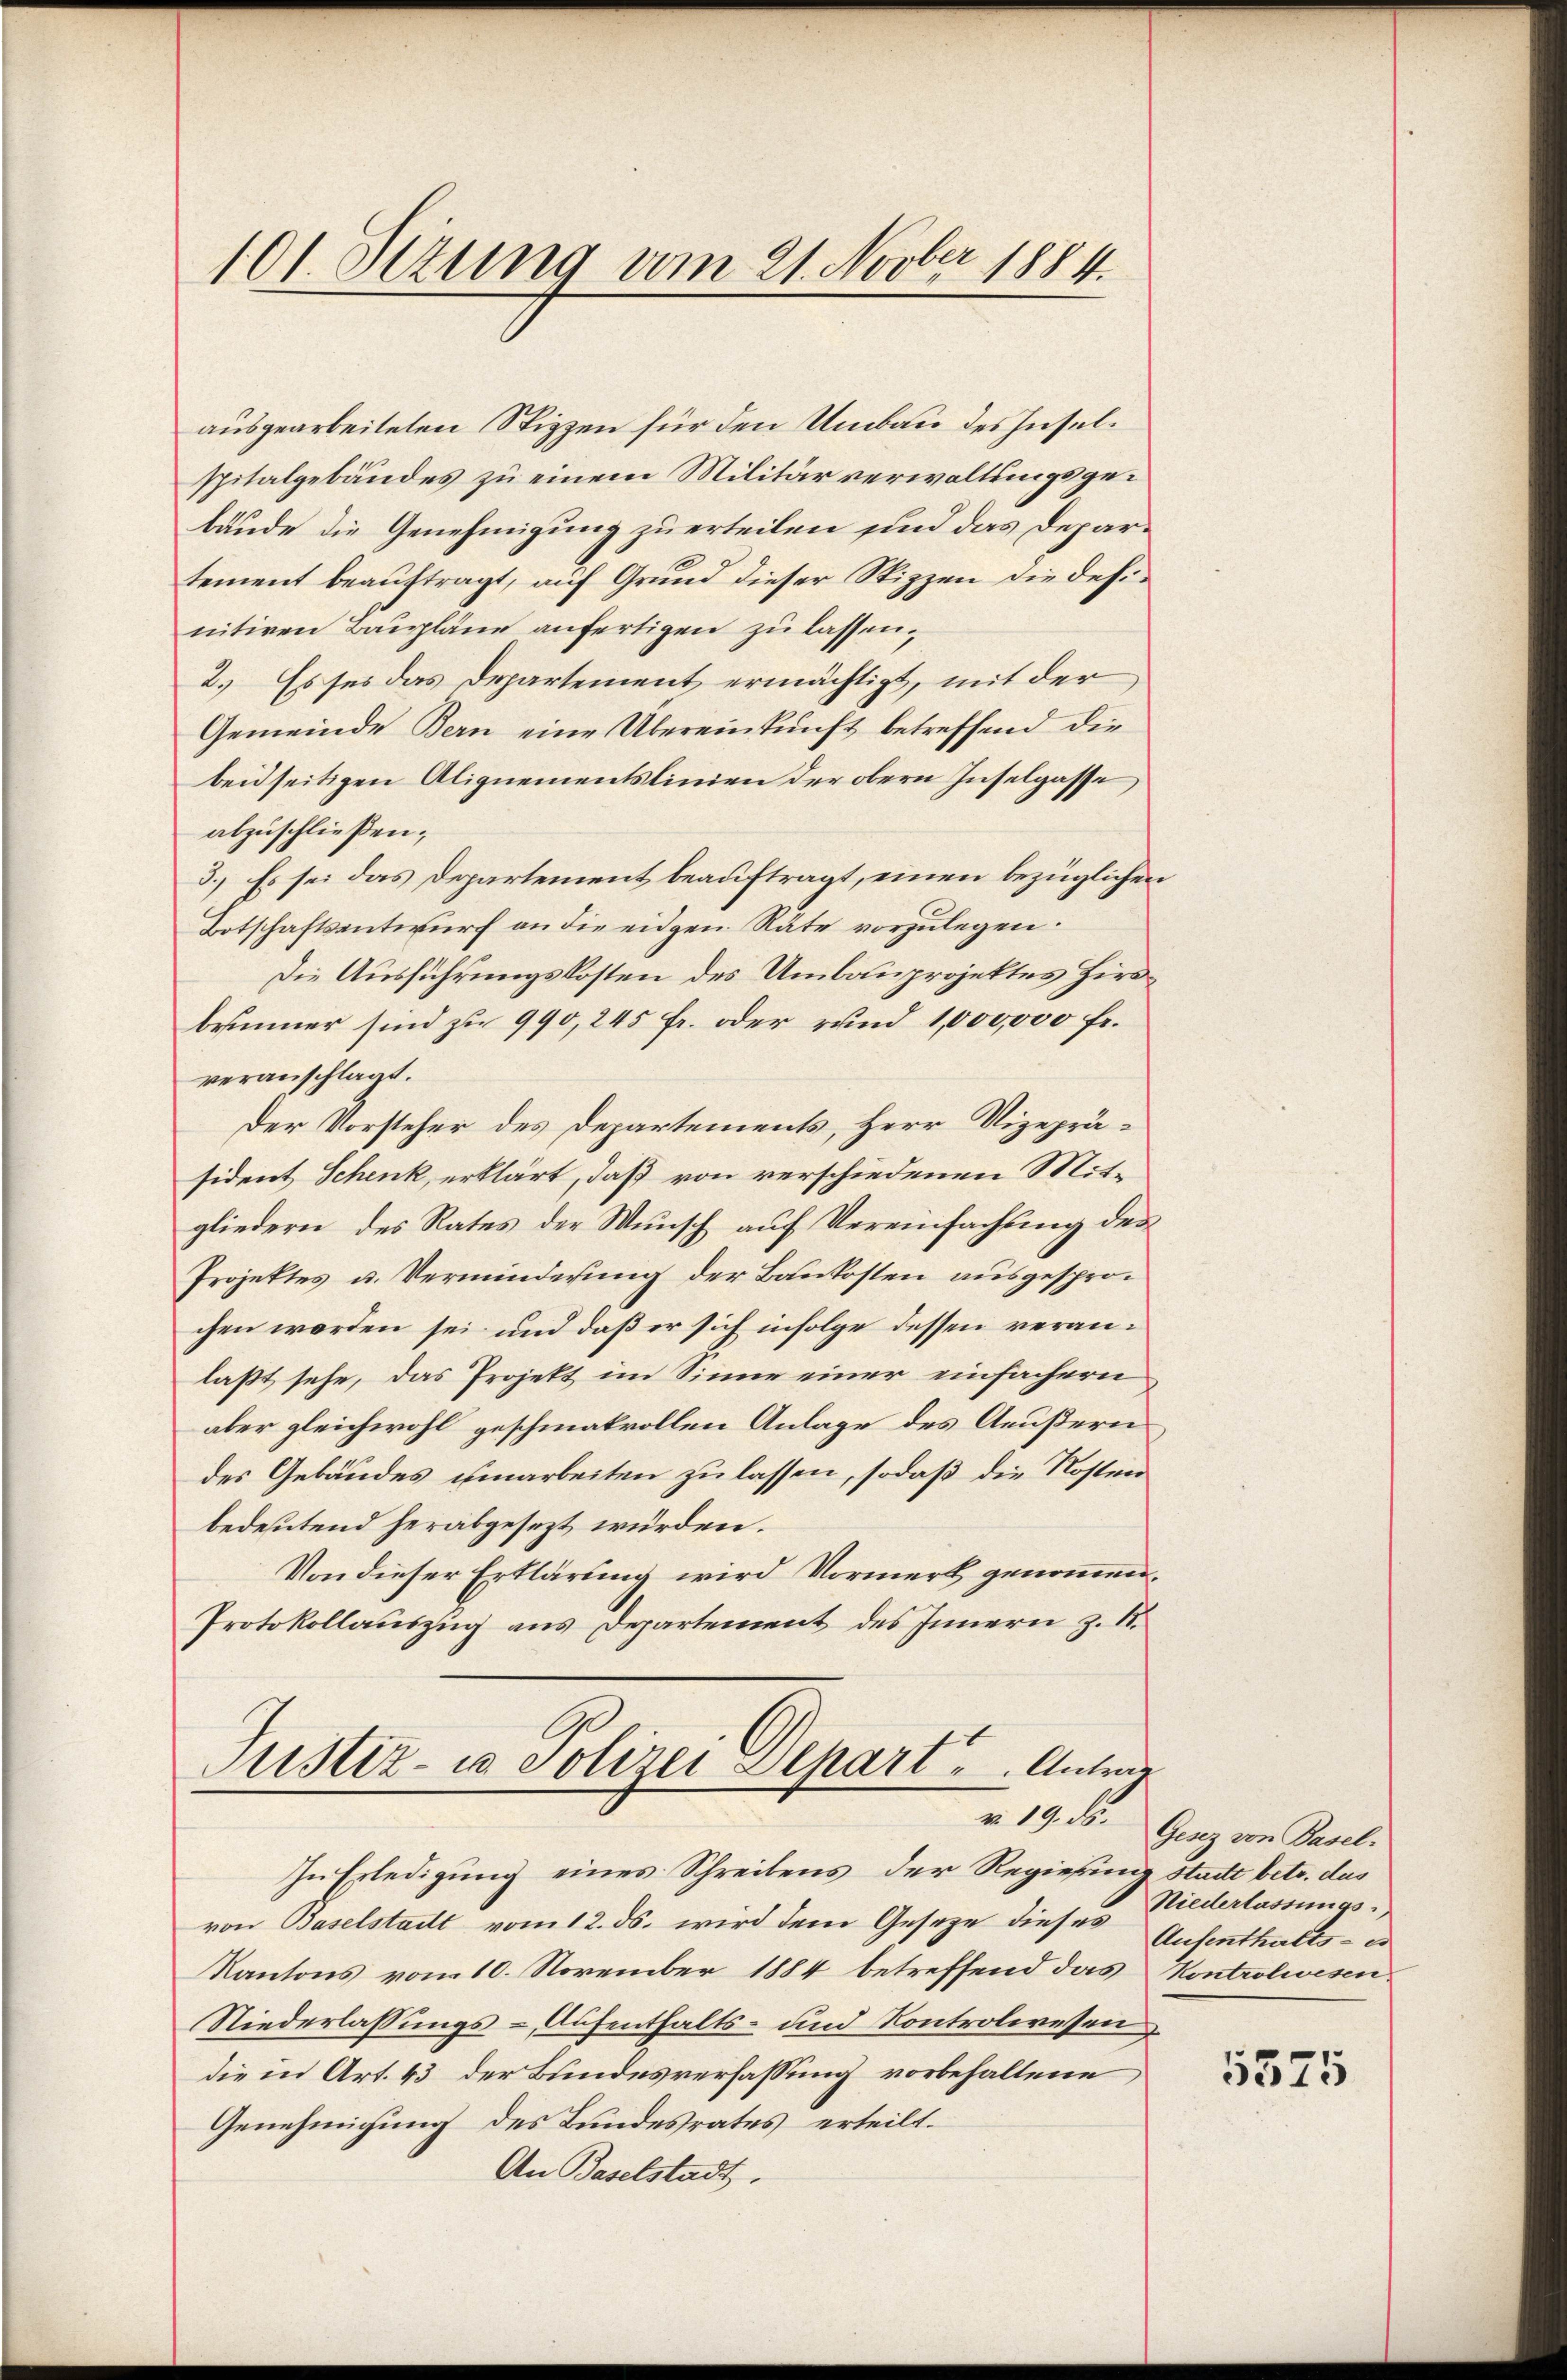
101. Sizung vom 21. Novber 1884

ausgearbeiteten Stizzen für den Umbau des Inselspitalgebäudes zu einem Militärverwaltungsgebäude die Genehmigung zu erteilen sind das Departement beauftragt, auf Grund dieser Stizzen die definitiven Baupläne anfertigen zu lassen,
2.) Es sei das Departement ermächtigt, mit der
Gemeinde Bern eine Übereinkunft betreffend die
beidseitigen Alignementslinien der obern Inselgasse
abzuschließen;
3.) Es sei das Departement beauftragt, einen bezüglichen
Botschaftsentwurf an die eidgen Räte vorzulegen.
Die Ausführungskosten des Umbauprojektes Hirsbeiner sind zu 990,245 fr. oder rund 1,000,000 fr.
veranschlagt.
Der Vorsteher des Departements, Herr Vizepräsident Schenk, erklärt, daß von verschiedenen Mitgliedern des Rates der Wunsch auf Vereinfachung des
Projektes u. Verminderung der Baukosten ausgesprochen worden sei und daß er sich infolge dessen veranlaßt sehe, das Projekt im Sinne einer einfachern
aber gleichwohl geschmakvollen Anlage des Aeußern
des Gebäudes umarbeiten zu lassen, sodaß die Kosten
bedeutend herabgesezt würden.
Von dieser Erklärung wird Vormerk genommen,
Protokollauszug aus Departement des Innern z. 18.

Fristiz- u Polizei Depart u. Antrag

In Erledigung eines Schreibens der Regierung stadt betr. das
von Baselstadt vom 12. ds. wird dem Gesetze dieses Aufenthalts- u
Kantons vom 10. November 1884 betreffend das Kontrolwesen.
Niederlassungs- Aufenthalts- und Kontrolwesen
die in Art. 43 der Bundesverfassung vorbehaltene,
Genehmigung des Bundesrates erteilt.
An Baselstadt.

v. 19. ds. Gunz von Pasel.

Niederlassungs-,

5575